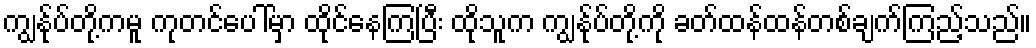
ကျွန်ုပ်တို့ကမူ ကုတင်ပေါ်မှာ ထိုင်နေကြပြီး ထိုသူက ကျွန်ုပ်တို့ကို ခတ်ထန်ထန်တစ်ချက်ကြည့်သည်။